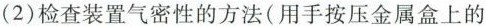
(2)检查装置气密性的方法(用手按压金属盒上的